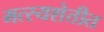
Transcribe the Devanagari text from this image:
मत्स्यशेतीत